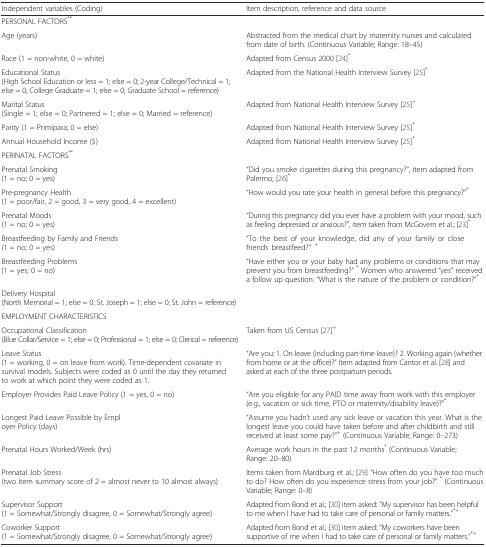
<table><thead><tr><td><b>Independent variables (Coding)</b></td><td><b>Item description, reference and data source</b></td></tr></thead><tbody><tr><td colspan="2">PERSONAL FACTORS<sup>**</sup></td></tr><tr><td>Age (years)</td><td>Abstracted from the medical chart by maternity nurses and calculated from date of birth. (Continuous Variable; Range: 18–45)</td></tr><tr><td>Race (1 = non-white, 0 = white)</td><td>Adapted from Census 2000 [24]<sup>*</sup></td></tr><tr><td>Educational Status(High School Education or less = 1; else = 0; 2-year College/Technical = 1; else = 0; College Graduate = 1; else = 0; Graduate School = reference)</td><td>Adapted from the National Health Interview Survey [25]<sup>*</sup></td></tr><tr><td>Marital Status(Single = 1; else = 0; Partnered = 1; else = 0; Married = reference)</td><td>Adapted from National Health Interview Survey [25]<sup>+</sup></td></tr><tr><td>Parity (1 = Primipara; 0 = else)</td><td>Adapted from National Health Interview Survey [25]<sup>*</sup></td></tr><tr><td>Annual Household Income ($)</td><td>Adapted from National Health Interview Survey [25]<sup>*</sup></td></tr><tr><td colspan="2">PERINATAL FACTORS<sup>**</sup></td></tr><tr><td>Prenatal Smoking(1 = no; 0 = yes)</td><td>“Did you smoke cigarettes during this pregnancy?”, item adapted from Palermo; [26]<sup>*</sup></td></tr><tr><td>Pre-pregnancy Health(1 = poor/fair, 2 = good, 3 = very good, 4 = excellent)</td><td>“How would you rate your health in general before this pregnancy?”<sup>*</sup></td></tr><tr><td>Prenatal Moods(1 = no; 0 = yes)</td><td>“During this pregnancy did you ever have a problem with your mood, such as feeling depressed or anxious?”, item taken from McGovern et al.; [23]<sup>*</sup></td></tr><tr><td>Breastfeeding by Family and Friends(1 = no; 0 = yes)</td><td>“To the best of your knowledge, did any of your family or close friends breastfeed?” <sup>+</sup></td></tr><tr><td>Breastfeeding Problems(1 = yes; 0 = no)</td><td>“Have either you or your baby had any problems or conditions that may prevent you from breastfeeding?” <sup>*</sup> Women who answered “yes” received a follow up question: “What is the nature of the problem or condition?”<sup>*</sup></td></tr><tr><td>Delivery Hospital(North Memorial = 1; else = 0; St. Joseph = 1; else = 0; St. John = reference)</td><td>[EMPTY_CELL]</td></tr><tr><td colspan="2">EMPLOYMENT CHARACTERISTICS</td></tr><tr><td>Occupational Classification(Blue Collar/Service = 1; else = 0; Professional = 1; else = 0; Clerical = reference)</td><td>Taken from US Census [27]<sup>+</sup></td></tr><tr><td>Leave Status(1 = working, 0 = on leave from work). Time-dependent covariate in survival models. Subjects were coded as 0 until the day they returned to work at which point they were coded as 1.</td><td>“Are you: 1. On leave (including part-time leave)? 2. Working again (whether from home or at the office)?” Item adapted from Cantor et al. [28] and asked at each of the three postpartum periods.</td></tr><tr><td>Employer Provides Paid Leave Policy (1 = yes, 0 = no)</td><td>“Are you eligible for any PAID time away from work with this employer (e.g., vacation or sick time, PTO or maternity/disability leave)?”<sup>*</sup></td></tr><tr><td>Longest Paid Leave Possible by Employer Policy (days)</td><td>“Assume you hadn’t used any sick leave or vacation this year. What is the longest leave you could have taken before and after childbirth and still received at least some pay?”<sup>+</sup> (Continuous Variable; Range: 0–273)</td></tr><tr><td>Prenatal Hours Worked/Week (hrs)</td><td>Average work hours in the past 12 months<sup>*</sup> (Continuous Variable; Range: 20–80)</td></tr><tr><td>Prenatal Job Stress(two item summary score of 2 = almost never to 10 almost always)</td><td>Items taken from Mardburg et al.; [29] “How often do you have too much to do? How often do you experience stress from your job?” <sup>*</sup> (Continuous Variable; Range: 0–8)</td></tr><tr><td>Supervisor Support(1 = Somewhat/Strongly disagree, 0 = Somewhat/Strongly agree)</td><td>Adapted from Bond et al.; [30] item asked: “My supervisor has been helpful to me when I have had to take care of personal or family matters.”<sup>*+</sup></td></tr><tr><td>Coworker Support(1 = Somewhat/Strongly disagree, 0 = Somewhat/Strongly agree)</td><td>Adapted from Bond et al.; [30] item asked: “My coworkers have been supportive of me when I had to take care of personal or family matters.”<sup>*+</sup></td></tr></tbody></table>